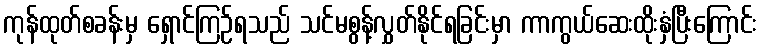
ကုန်ထုတ်စခန်းမှ ရှောင်ကြဉ်ရသည် သင်မစွန့်လွှတ်နိုင်ရခြင်းမှာ ကာကွယ်ဆေးထိုးနှံပြီးကြောင်း